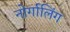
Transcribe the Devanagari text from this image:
नोर्गालिंग